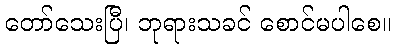
တော်သေးပြီ၊ ဘုရားသခင် စောင်မပါစေ။